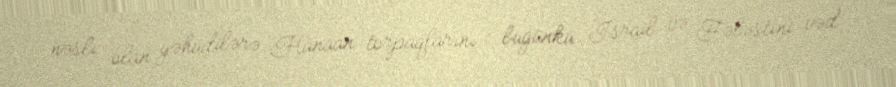
nəsli olan yəhudilərə Hanaan torpaqlarını - bugünkü İsrail və Fələstini vəd